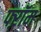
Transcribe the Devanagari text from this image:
फ्ऱॉम